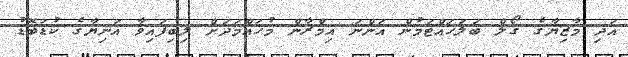
އަދި މާޒިޔާގެ ގޯލް ބަލަހައްޓަމުން އަންނަ އިމްރާން މުހައްމަދަށް ލިބިފައިވާ އަނިޔާގެ ކުޑަބޮޑު